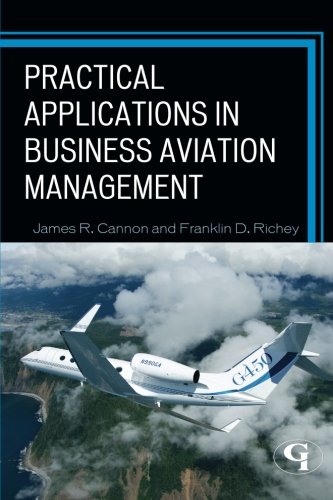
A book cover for Practical Applications in Business Aviation Management; James R. Cannon; Business & Money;